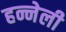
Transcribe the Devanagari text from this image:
हन्नेली